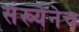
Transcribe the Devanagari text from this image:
संख्येनेच